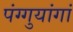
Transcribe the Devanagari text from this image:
पंग्गुयांगां